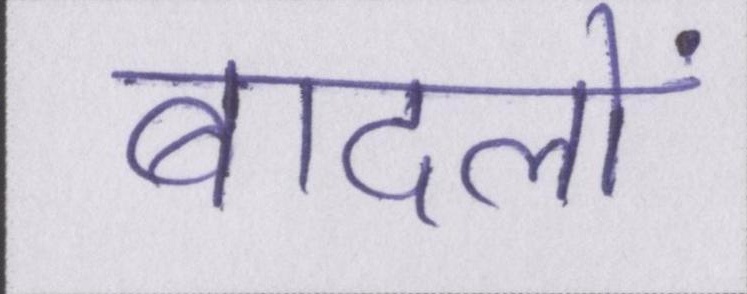
बादलों